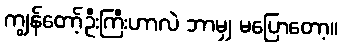
ကျွန်တော့်ဦးကြီးဟာလဲ ဘာမျှ မပြောတော့။